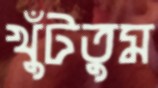
খুঁটতুম